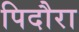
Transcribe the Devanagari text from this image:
पिदौरा